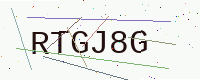
Text: RTGJ8G